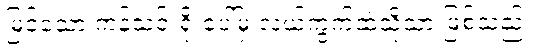
မြင့်သော ကန်သင်းရိုးပေါ်မှ လယ်ကွက်ထဲသို့သာ ဖြစ်သည်။